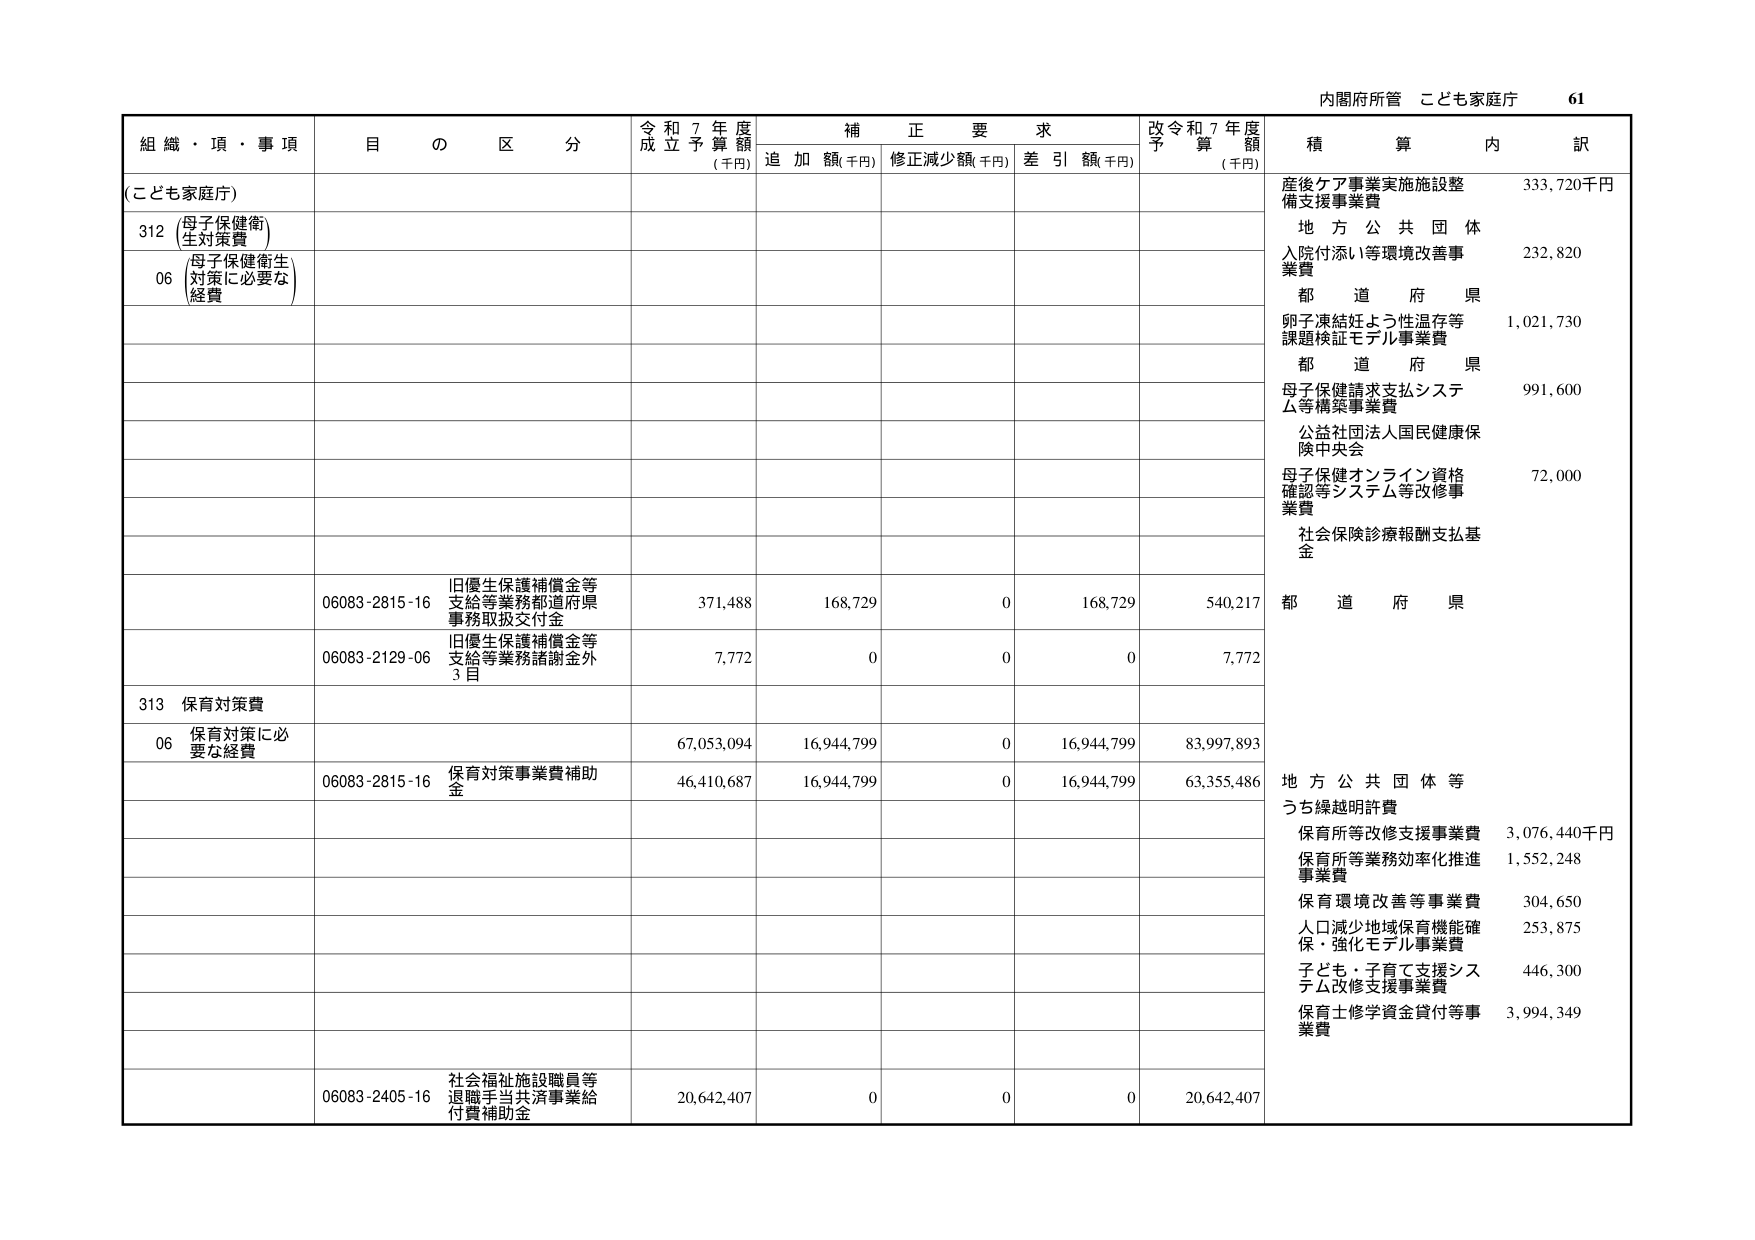
内閣府所管 こども家庭庁 61

組織・頂・事項 目の区分 令和7年度成立予算額(千円) 補正要求 追加額(千円) 修正減少額(千円) 差引額(千円) 改令和7年度予算額(千円) 積算内訳

(こども家庭庁)

312 (母子保健衛生対策費)

06 (母子保健衛生対策に必要な経費)

産後ケア事業実施施設整備支援事業費 333,720千円
地方公共団体
入院付添い等環境改善事業費 232,820
都道府県
卵子凍結妊よう性温存等課題検証モデル事業費 1,021,730
都道府県
母子保健請求支払システム等構築事業費 991,600
公益社団法人国民健康保険中央会
母子保健オンライン資格確認等システム等改修事業費 72,000
社会保険診療報酬支払基金

06083-2815-16 旧優生保護補償金等支給等業務都道府県事務取扱交付金 371,488 168,729 0 168,729 540,217 都道府県

06083-2129-06 旧優生保護補償金等支給等業務諸謝金外3目 7,772 0 0 0 7,772

313 保育対策費

06 保育対策に必要な経費 67,053,094 16,944,799 0 16,944,799 83,997,893

06083-2815-16 保育対策事業費補助金 46,410,687 16,944,799 0 16,944,799 63,355,486 地方公共団体等
うち繰越明許費
保育所等改修支援事業費 3,076,440千円
保育所等業務効率化推進事業費 1,552,248
保育環境改善等事業費 304,650
人口減少地域保育機能確保・強化モデル事業費 253,875
子ども・子育て支援システム改修支援事業費 446,300
保育士修学資金貸付等事業費 3,994,349

06083-2405-16 社会福祉施設職員等退職手当共済事業給付費補助金 20,642,407 0 0 0 20,642,407